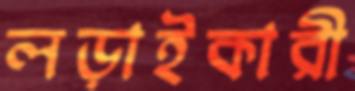
লড়াইকারী